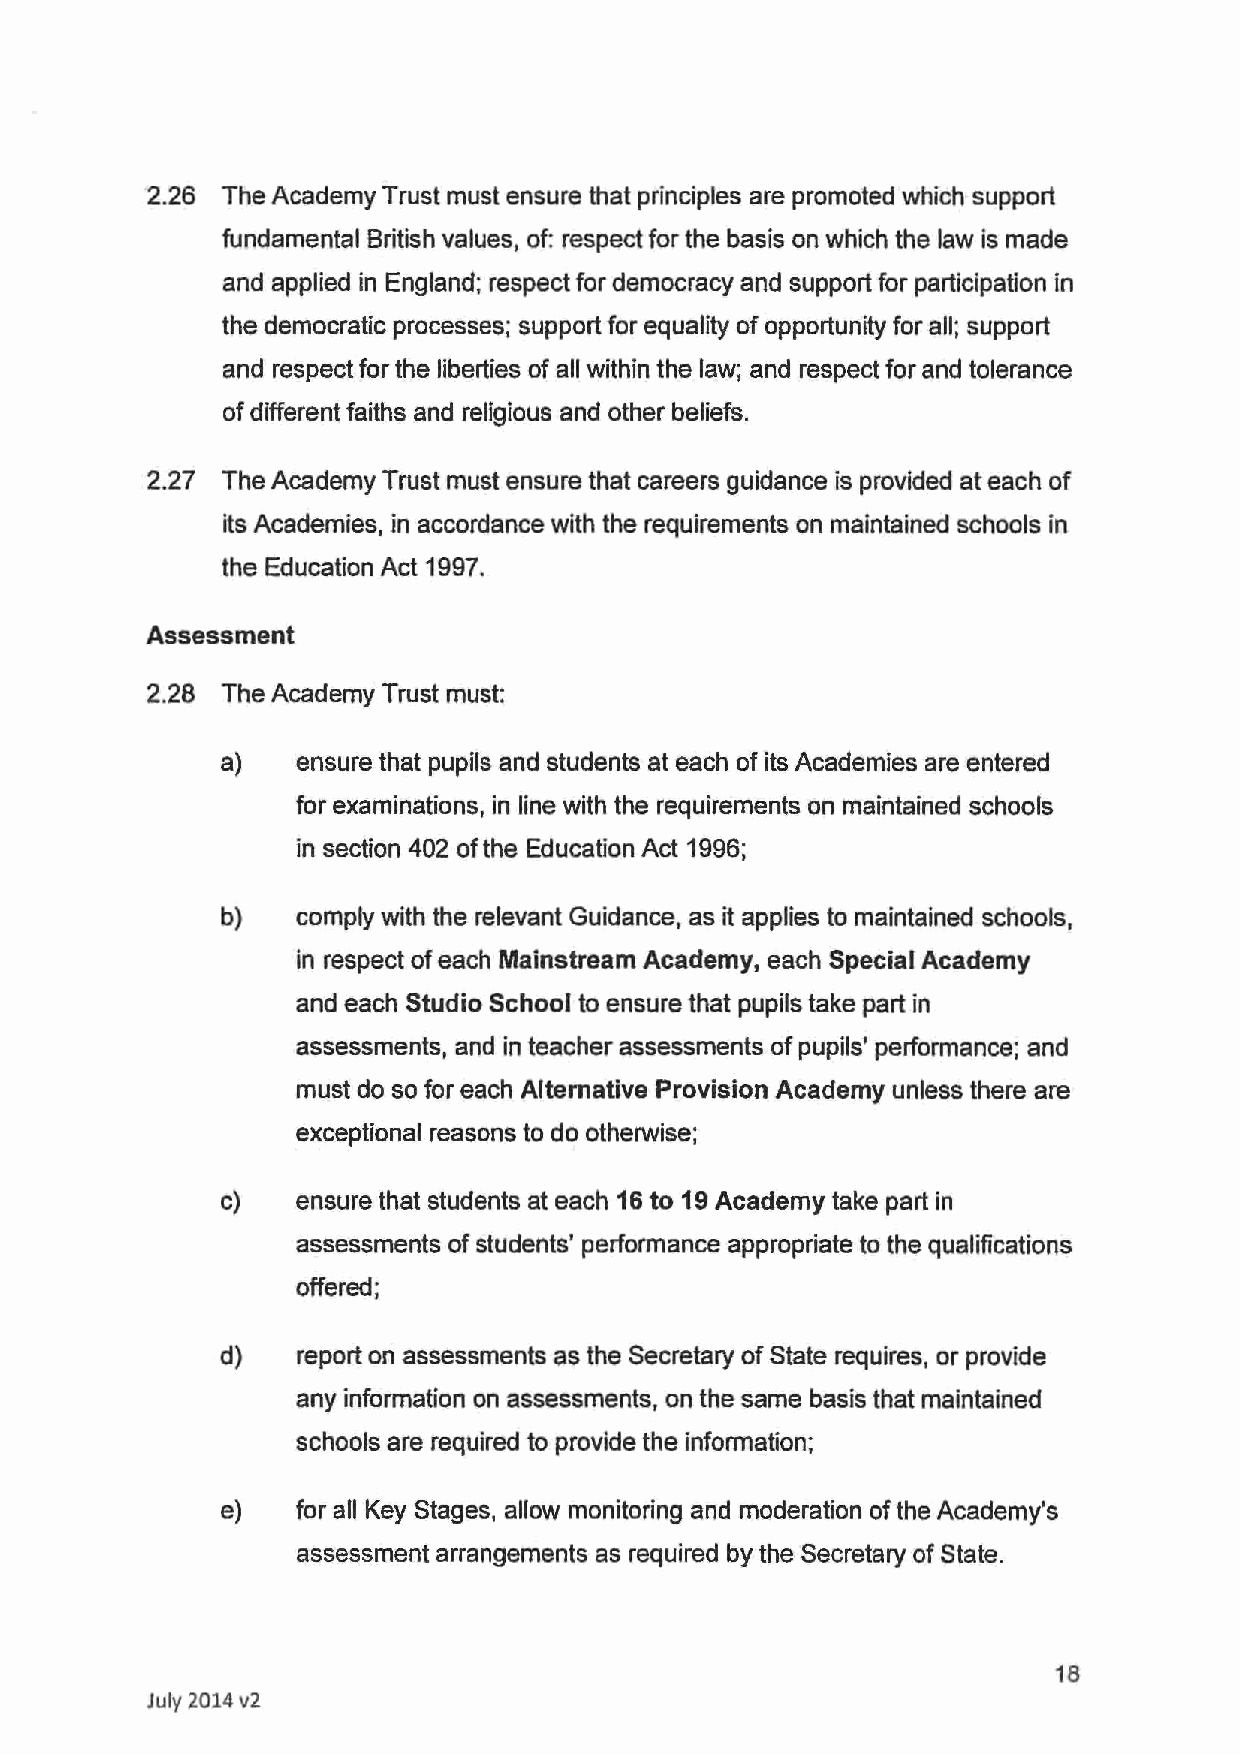
2.26 The Academy Trust must ensure that principles are promoted which support
 fundamental British values, of: respect for the basis on which the law is made
 and applied in England; respect for democracy and support for participation in
 the democratic processes; support for equality of opportunity for all; support
 and respect for the liberties of all within the law; and respect for and tolerance
 of different faiths and religious and other beliefs.
 2.27 The Academy Trust must ensure that careers guidance is provided at each of
 its Academies, in accordance with the requirements on maintained schools in
 the Education Act 1997.
 Assessment
 2.28 The Academy Trust must:
 a)   ensure that pupils and students at each of its Academies are entered
 for examinations, in line with the requirements on maintained schools
 in section 402 of the Education Act 1996;
 b)   comply with the relevant Guidance, as it applies to maintained schools,
 in respect of each Mainstream Academy, each Special Academy
 and each Studio School to ensure that pupils take part in
 assessments, and in teacher assessments of pupils' performance; and
 must do so for each Alternative Provision Academy unless there are
 exceptional reasons to do otherwise;
 c)   ensure that students at each 16 to 19 Academy take part in
 assessments of students' performance appropriate to the qualifications
 offered;
 d)   report on assessments as the Secretary of State requires, or provide
 any information on assessments, on the same basis that maintained
 schools are required to provide the information;
 e)   for all Key Stages, allow monitoring and moderation of the Academy's
 assessment arrangements as required by the Secretary of State.
 18
 July 2014 v2